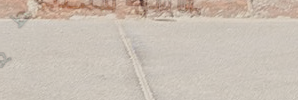
توصيل طلبات الطعام إلى من